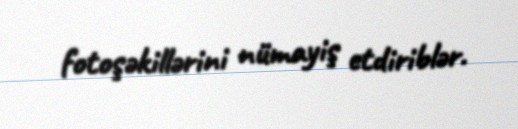
fotoşəkillərini nümayiş etdiriblər.